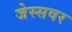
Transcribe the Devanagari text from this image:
जेस्सवर